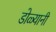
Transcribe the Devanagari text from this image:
डोळ्यानी